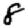
Digit: 8